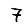
Digit: 7